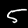
Label: 5